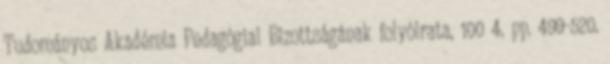
Tudományos Akadémia Pedagógiai Bizottságának folyóirata, 100 4. pp. 499-520.